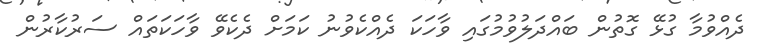
ދެއްވުމާ ގުޅޭ ގޮތުން ބައްދަލުވުމުގައި ވާހަކަ ދެއްކެވުނު ކަމަށް ދެކެވޭ ވާހަކަތައް ސަރުކާރުން